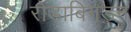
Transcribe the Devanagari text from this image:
रोडाबिगडन